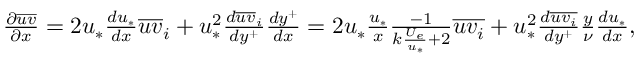
\begin{array} { r } { \frac { \partial \overline { { u v } } } { \partial x } = 2 u _ { * } \frac { d u _ { * } } { d x } \overline { { u v } } _ { i } + u _ { * } ^ { 2 } \frac { d \overline { { u v } } _ { i } } { d y ^ { + } } \frac { d y ^ { + } } { d x } = 2 u _ { * } \frac { u _ { * } } { x } \frac { - 1 } { k \frac { U _ { e } } { u _ { * } } + 2 } \overline { { u v _ { i } } } + u _ { * } ^ { 2 } \frac { d \overline { { u v _ { i } } } } { d y ^ { + } } \frac { y } { \nu } \frac { d u _ { * } } { d x } , } \end{array}